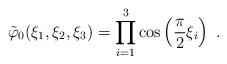
LaTeX: \begin{align*}\tilde{\varphi}_0(\xi_1,\xi_2,\xi_3)=\prod_{i=1}^{3}\cos\left(\frac{\pi}{2}\xi_i\right)\;.\end{align*}